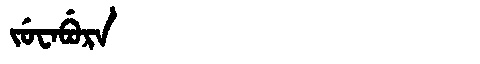
Manchu: ᠵᡠᠸᠠᠪᡠᡵᠠ
Romanization: JUWABURA